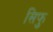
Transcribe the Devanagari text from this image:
सिफु